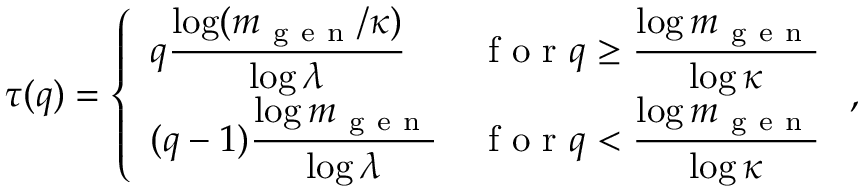
\tau ( q ) = \left\{ \begin{array} { l l } { q \displaystyle \frac { \log ( m _ { \mathrm { ~ g ~ e ~ n ~ } } / \kappa ) } { \log \lambda } } & { \mathrm { ~ f ~ o ~ r ~ } q \ge \displaystyle \frac { \log m _ { \mathrm { ~ g ~ e ~ n ~ } } } { \log \kappa } } \\ { ( q - 1 ) \displaystyle \frac { \log m _ { \mathrm { ~ g ~ e ~ n ~ } } } { \log \lambda } } & { \mathrm { ~ f ~ o ~ r ~ } q < \displaystyle \frac { \log m _ { \mathrm { ~ g ~ e ~ n ~ } } } { \log \kappa } } \end{array} \right. ,